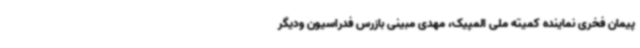
پیمان فخری نماینده کمیته ملی المپیک، مهدی مبینی بازرس فدراسیون ودیگر